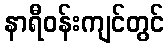
နာရီဝန်းကျင်တွင်